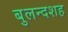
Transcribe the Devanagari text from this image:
बुलन्दशह